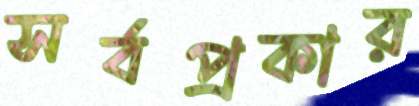
সর্বপ্রকার